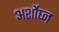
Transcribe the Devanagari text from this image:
अर्शोघ्न